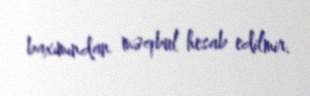
baxımından məqbul hesab edilmir.